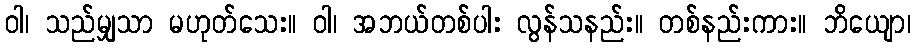
ဝါ၊ သည်မျှသာ မဟုတ်သေး။ ဝါ၊ အဘယ်တစ်ပါး လွန်သနည်း။ တစ်နည်းကား။ ဘိယျော၊